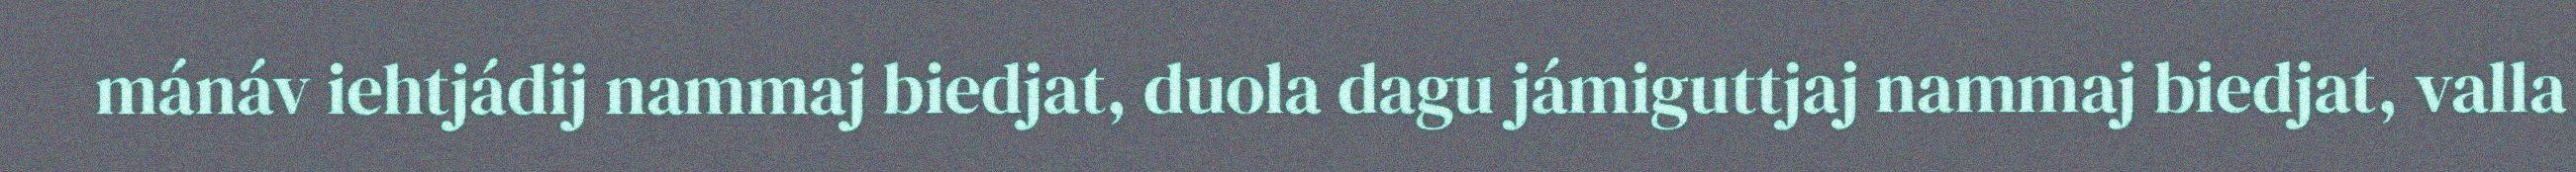
mánáv iehtjádij nammaj biedjat, duola dagu jámiguttjaj nammaj biedjat, valla